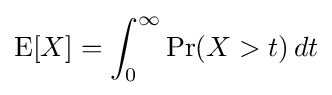
\operatorname {E} [X]=\int _{0}^{\infty }\Pr(X>t)\,dt